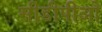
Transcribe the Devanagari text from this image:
सीडीपीओ